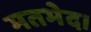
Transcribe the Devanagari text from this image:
मतभेद।